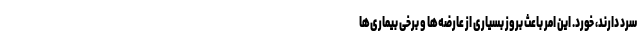
سرد دارند، خورد. این امر باعث بروز بسیاری از عارضه‌ها و برخی بیماری‌ها